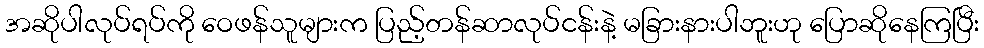
အဆိုပါလုပ်ရပ်ကို ဝေဖန်သူများက ပြည့်တန်ဆာလုပ်ငန်းနဲ့ မခြားနားပါဘူးဟု ပြောဆိုနေကြပြီး